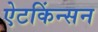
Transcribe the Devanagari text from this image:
ऐटकिंन्सन